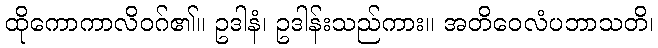
ထိုကောကာလိဝဂ်၏။ ဥဒါနံ၊ ဥဒါန်းသည်ကား။ အတိဝေလံပဘာသတိ၊